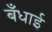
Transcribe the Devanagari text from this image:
बँधाई